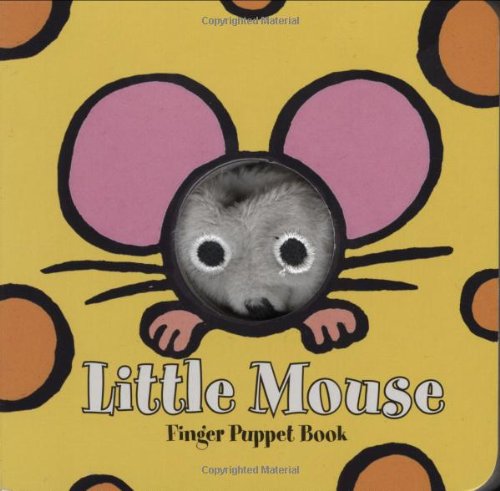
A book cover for Little Mouse: Finger Puppet Book (Little Finger Puppet Board Books); Chronicle Books; Children's Books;